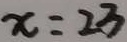
x = 2 3